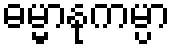
ဓမ္မာနုကမ္ပာ